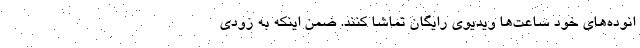
انوده‌های خود ساعت‌ها ویدیوی رایگان تماشا کنند. ضمن اینکه به زودی